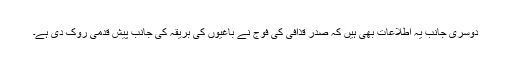
دوسری جانب یہ اطلاعات بھی ہیں کہ صدر قذافی کی فوج نے باغیوں کی بریقہ کی جانب پیش قدمی روک دی ہے۔